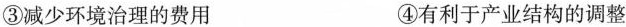
③减少环境治理的费用 ④有利于产业结构的调整